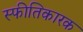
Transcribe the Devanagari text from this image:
स्फीतिकारक